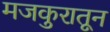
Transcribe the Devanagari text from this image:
मजकुरातून